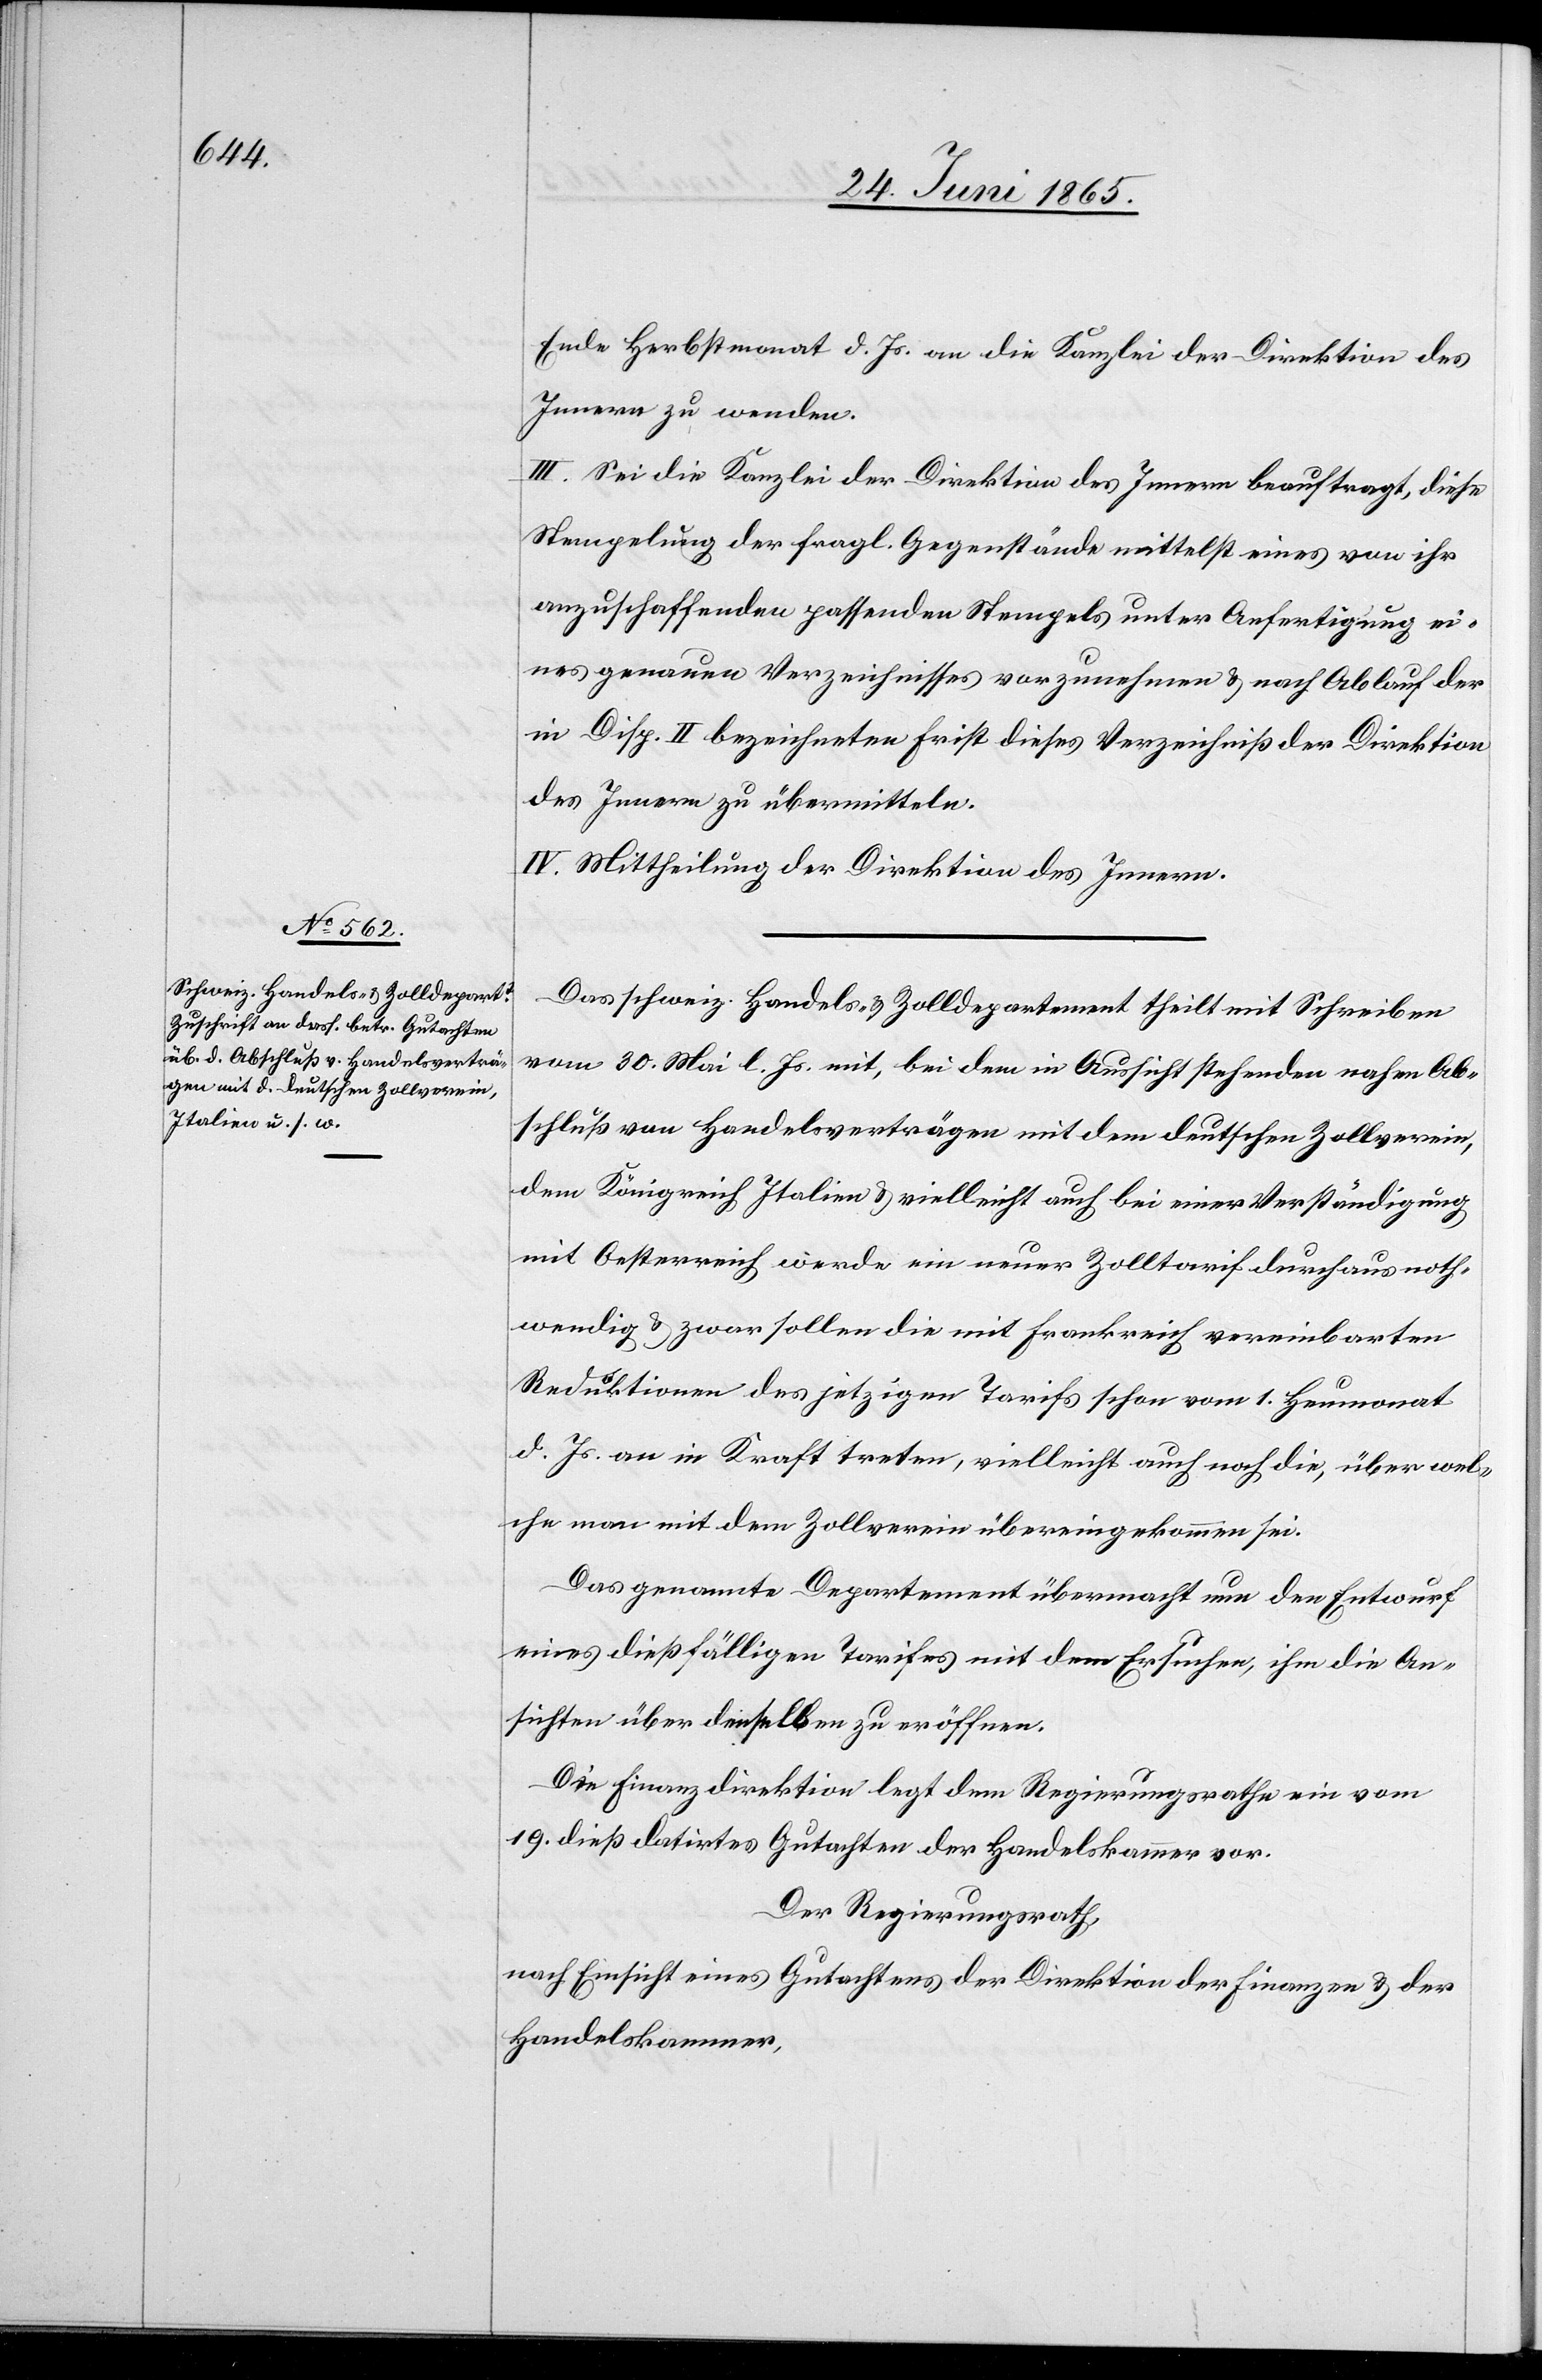
Ende Herbstmonat d. Js. an die Kanzlei der Direktion des
Innern zu wenden.
III. Sei die Kanzlei der Direktion des Innern beauftragt, diese
Stempelung der fragl. Gegenstände mittelst eines von ihr
anzuschaffenden passenden Stempels unter Anfertigung ei¬
nes genauen Verzeichnisses vorzunehmen & nach Ablauf der
in Disp. II bezeichneten Frist dieses Verzeichniß der Direktion
des Innern zu übermitteln.
IV. Mittheilung der Direktion des Innern.
Das schweiz. Handels- & Zolldepartement theilt mit Schreiben
vom 30. Mai l. Js. mit, bei dem in Aussicht stehenden nahen Ab¬
schluß von Handelsverträgen mit dem deutschen Zollverein,
dem Königreich Italien & vielleicht auch bei einer Verständigung
mit Oesterreich werde ein neuer Zolltarif durchaus noth¬
wendig & zwar sollen die mit Frankreich vereinbarten
Reduktionen des jetzigen Tarifs schon vom 1. Heumonat
d. Js. an in Kraft treten, vielleicht auch noch die, über wel¬
che man mit dem Zollverein übereingekommen sei.
Das genannte Departement übermacht nun den Entwurf
eines dießfälligen Tarifes mit dem Ersuchen, ihm die An¬
sichten über denselben zu eröffnen.
Die Finanzdirektion legt dem Regierungsrathe ein vom
19. dieß datirtes Gutachten der Handelskammer vor.
Der Regierungsrath,
nach Einsicht eines Gutachtens der Direktion der Finanzen & der
Handelskammer,